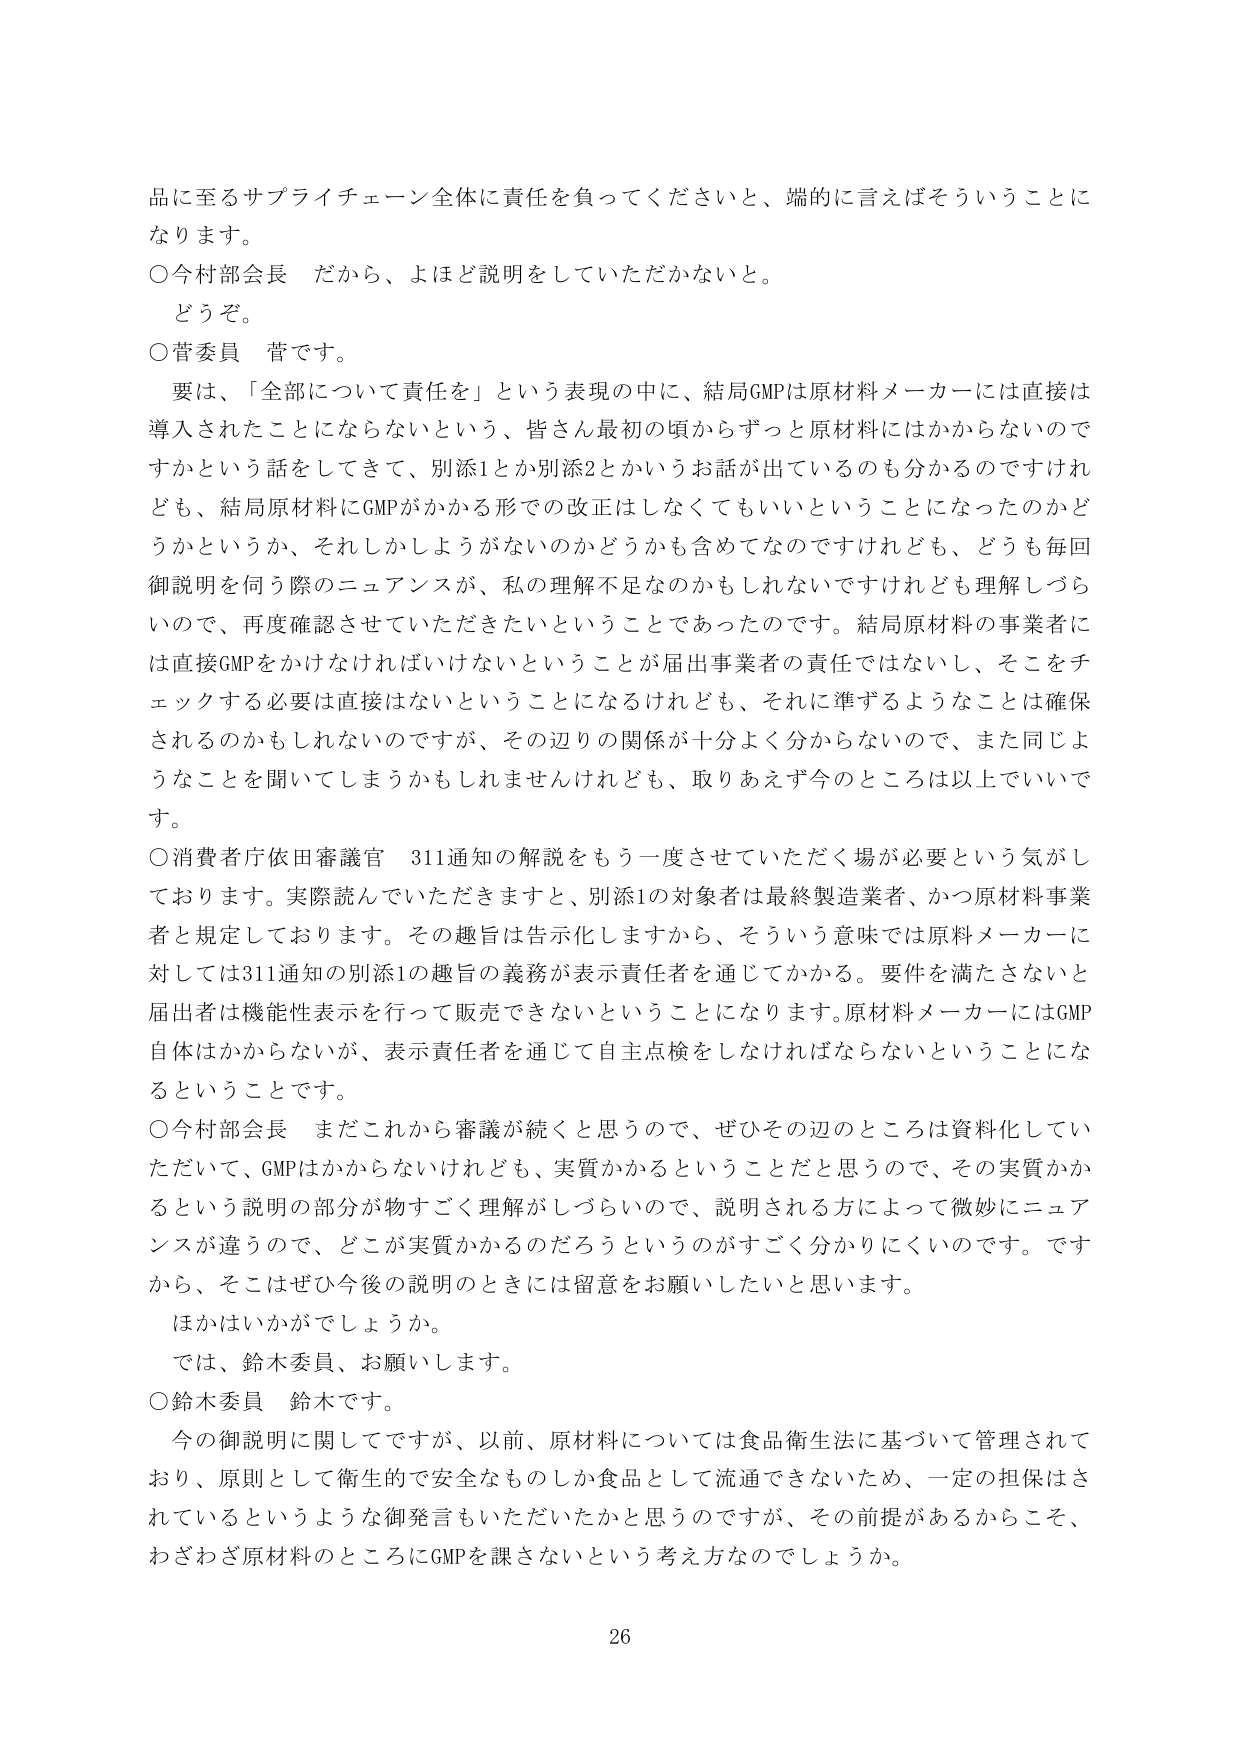
品に至るサプライチェーン全体に責任を負ってくださいと、端的に言えばそういうことになります。

○今村部会長　だから、よほど説明をしていただかないと。
　どうぞ。

○菅委員　菅です。
　要は、「全部について責任を」という表現の中に、結局GMPは原材料メーカーには直接は導入されたことにならないという、皆さん最初の頃からずっと原材料にはかからないのですかという話をしてきて、別添1とか別添2とかいうお話が出ているのも分かるのですけれども、結局原材料にGMPがかかり形での改正はしなくてもいいということになったのかどうかというか、それしかしようがないのかどうかも含めてなのですけれども、どうも毎回御説明を伺う際のニュアンスが、私の理解不足なのかもしれないですけれども理解しづらいので、再度確認させていただきたいということであったのです。結局原材料の事業者には直接GMPをかけなければならないということが届出事業者の責任ではないし、そこをチェックする必要は直接はないということになるけれども、それに準ずるようなことは確保されるのかもしれないのですが、その辺りの関係が十分よく分からないので、また同じようなことを聞いてしまうかもしれませんが、取りあえず今のところは以上でございます。

○消費者庁依田審議官　311通知の解説をもう一度させていただく場が必要という気がしております。実際読んでいただきますと、別添1の対象者は最終製造業者、かつ原材料事業者と規定しております。その趣旨は告示化しますから、そういう意味では原料メーカーに対しては311通知の別添1の趣旨の義務が表示責任者を通じてかかる。要件を満たさないと届出者は機能性表示を行って販売できないということになります。原材料メーカーにはGMP自体はかからないが、表示責任者を通じて自主点検をしなければならないということになるということです。

○今村部会長　まだこれから審議が続くと思うので、ぜひその辺のところは資料化していただいて、GMPはかからないけれども、実質かかるということだと思うので、その実質かかるという説明の部分が物すごく理解しづらいので、説明される方によって微妙にニュアンスが違うので、どこが実質かかるのだろうというのがすごく分かりにくいのです。ですから、そこはぜひ今後の説明のときには留意をお願いしたいと思います。
　ほかはいかがでしょうか。
　では、鈴木委員、お願いします。

○鈴木委員　鈴木です。
　今の御説明に関してですが、以前、原材料については食品衛生法に基づいて管理されており、原則として衛生的で安全なものしか食品として流通できないため、一定の担保はされているというような御発言もいただいたかと思うのですが、その前提があるからこそ、わざわざ原材料のところにGMPを課さないという考え方なのでしょうか。

26